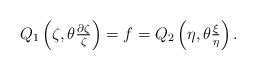
\begin{align*} Q_1\left(\zeta,\theta\tfrac{\partial\zeta}{\zeta}\right)=f=Q_2\left(\eta,\theta\tfrac{\xi}{\eta}\right).\end{align*}